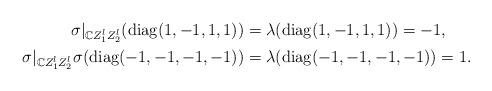
LaTeX: \begin{align*}\sigma|_{\mathbb{C}Z_{1}^{l}Z_{2}^{l}}(\mathrm{diag}(1,-1,1,1)) & =\lambda(\mathrm{diag}(1,-1,1,1))=-1,\\\sigma|_{\mathbb{C}Z_{1}^{l}Z_{2}^{l}}\sigma(\mathrm{diag}(-1,-1,-1,-1)) & =\lambda(\mathrm{diag}(-1,-1,-1,-1))=1.\end{align*}